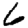
Digit: 6